Annual report on the Civil Veterinary Department, Burma (including the Insein Veterinary School) - 1923-1931
Year: 1923
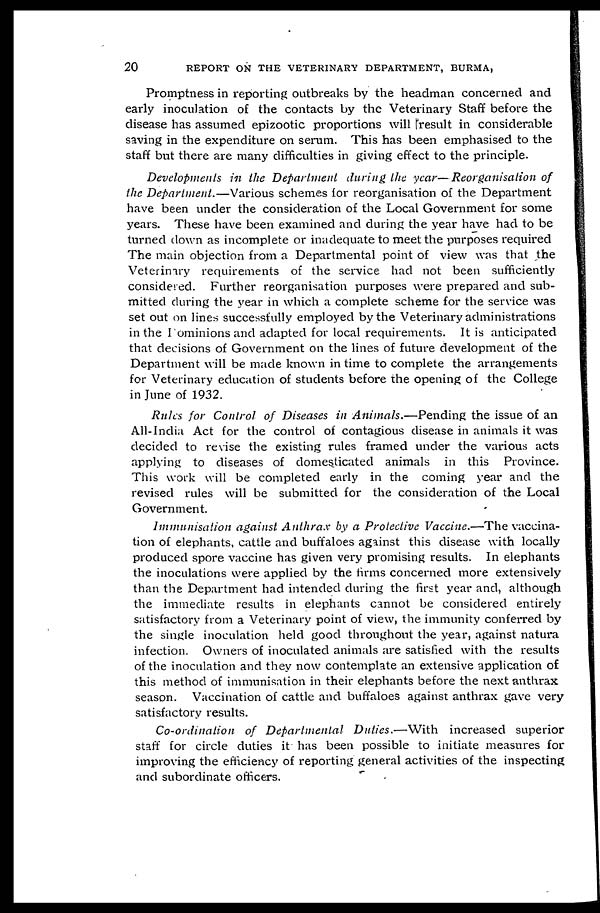
20
REPORT ON THE VETERINARY DEPARTMENT, BURMA,
Promptness in reporting outbreaks by the headman concerned and
early inoculation of the contacts by the Veterinary Staff before the
disease has assumed epizootic proportions will result in considerable
saving in the expenditure on serum. This has been emphasised to the
staff but there are many difficulties in giving effect to the principle.
Developments in the Department during the year—Reorganisation
of
the Department.—Various
schemes for reorganisation of the Department
have been under the consideration of the Local Government for some
years. These have been examined and during the year have had to be
turned clown as incomplete or inadequate to meet the purposes required
The main objection from a Departmental point of view was that the
Veterinary requirements of the service had not been sufficiently
considered. Further reorganisation purposes were prepared and sub-
mitted during the year in which a complete scheme for the service was
set out on lines successfully employed by the Veterinary administrations
in the I ominions and adapted for local requirements. It is anticipated
that decisions of Government on the lines of future development of the
Department will be made known in time to complete the arrangements
for Veterinary education of students before the opening of the College
in June of 1932.
Rules for Control of Diseases in Animals.—Pending
the issue of an
All-India Act for the control of contagious disease in animals it was
decided to revise the existing rules framed under the various acts
applying to diseases of domesticated animals in this Province.
This work will be completed early in the coming year and the
revised rules will be submitted for the consideration of the Local
Government.
Immunisation against Anthrax by a Protective Vaccine.—The vaccina-
tion of elephants, cattle and buffaloes against this disease with locally
produced spore vaccine has given very promising results. In elephants
the inoculations were applied by the firms concerned more extensively
than the Department had intended during the first year and, although
the immediate results in elephants cannot be considered entirely
satisfactory from a Veterinary point of view, the immunity conferred by
the single inoculation held good throughout the year, against natura
infection. Owners of inoculated animals are satisfied with the results
of the inoculation and they now contemplate an extensive application of
this method of immunisation in their elephants before the next anthrax
season. Vaccination of cattle and buffaloes against anthrax gave very
satisfactory results.
Co-ordination
of Departmental
Duties.—With
increased superior
staff for circle duties it has been possible to initiate measures for
improving the efficiency of reporting general activities of the inspecting
and subordinate officers.